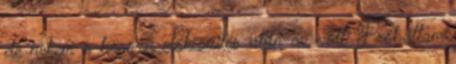
de nekem a hosszú előkészítés után az volt. Próbáltam